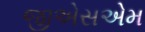
જીએસએમ